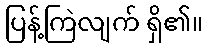
ပြန့်ကြဲလျက် ရှိ၏။